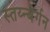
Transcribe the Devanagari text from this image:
स्तय्न्बेर्गन